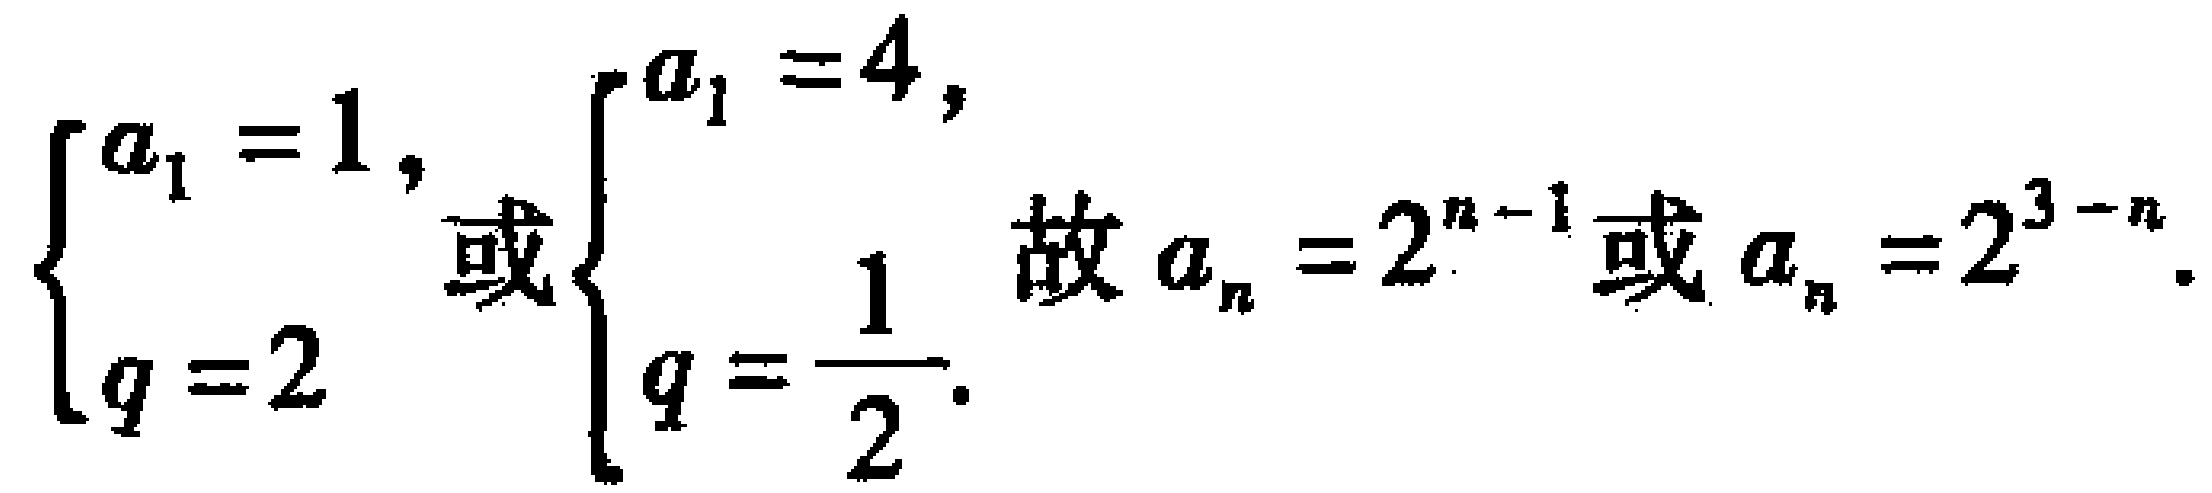
$\begin{cases}
a_{1}=1,\\
q = 2
\end{cases}$或$\begin{cases}
a_{1}=4,\\
q=\dfrac{1}{2}
\end{cases}$故$a_{n}=2^{n - 1}$或$a_{n}=2^{3 - n}$.